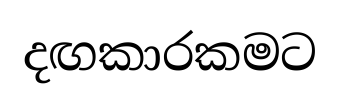
දඟකාරකමට